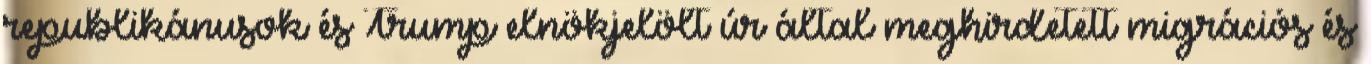
republikánusok és Trump elnökjelölt úr által meghirdetett migrációs és